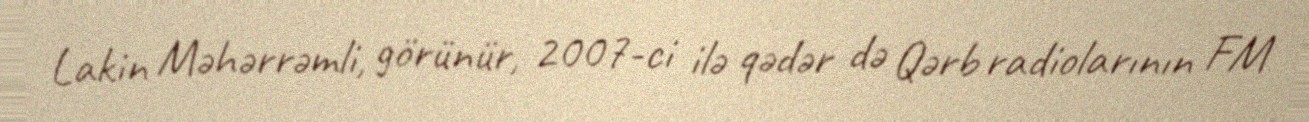
Lakin Məhərrəmli, görünür, 2007-ci ilə qədər də Qərb radiolarının FM